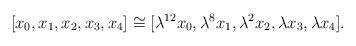
LaTeX: \begin{align*}[x_0,x_1,x_2,x_3,x_4] \cong [\lambda^{12}x_0,\lambda^8x_1, \lambda^2x_2,\lambda x_3,\lambda x_4].\end{align*}